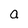
Character: a